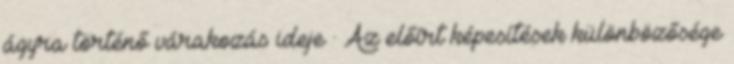
ágyra történő várakozás ideje · Az előírt képesítések különbözősége